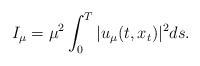
LaTeX: \begin{align*}I_{\mu} = \mu^2 \int_0^T | u_\mu(t,x_t)|^2 ds. \end{align*}